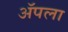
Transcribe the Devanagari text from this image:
अॅपला